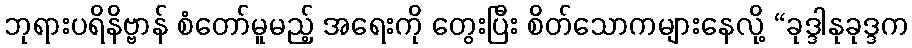
ဘုရားပရိနိဗ္ဗာန် စံတော်မူမည့် အရေးကို တွေးပြီး စိတ်သောကများနေလို့ “ခုဒ္ဒါနုခုဒ္ဒက